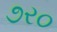
૭ર૦